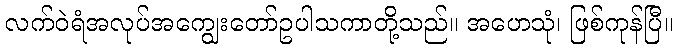
လက်ဝဲရံအလုပ်အကျွေးတော်ဥပါသကာတို့သည်။ အဟေသုံ၊ ဖြစ်ကုန်ပြီ။